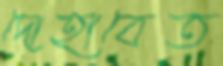
দোহাবেত